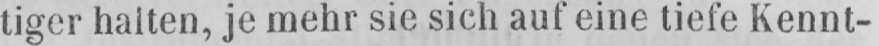
tiger halten, je mehr sie sich auf eine tiefe Kennt-